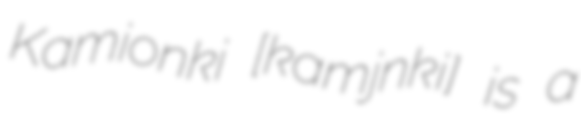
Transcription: Kamionki [kaˈmjɔnki] is a